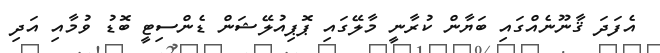
އެފަދަ ޤާނޫނެއްގައި ބަޔާން ކުރާނީ މާލޭގައި ޕޮޕިއުލޭޝަން ޑެންސިޓީ ބޮޑު ވުމާއި އަދި